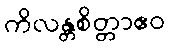
ကိလန္တစိတ္တာဧဝ